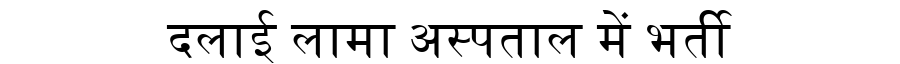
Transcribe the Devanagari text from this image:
दलाई लामा अस्पताल में भर्ती